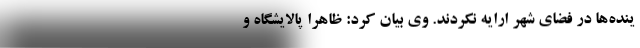
ینده‌ها در فضای شهر ارایه نکردند. وی بیان کرد: ظاهرا پالایشگاه و